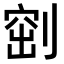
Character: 𠞀